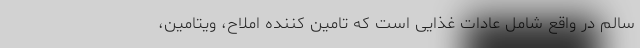
سالم در واقع شامل عادات غذایی است که تامین کننده املاح، ویتامین،